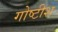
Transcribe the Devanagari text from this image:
गोष्टीश